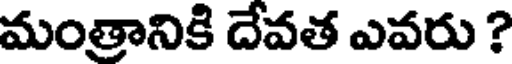
మంత్రానికి దేవత ఎవరు ?